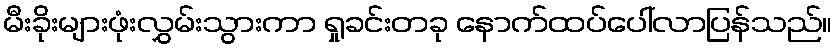
မီးခိုးများဖုံးလွှမ်းသွားကာ ရှုခင်းတခု နောက်ထပ်ပေါ်လာပြန်သည်။